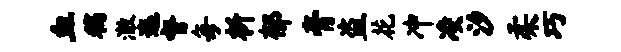
血稿澈迤督每析郁膏盗花冲凌汐柔巧